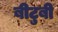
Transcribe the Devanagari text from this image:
बीटुबी